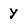
Character: y